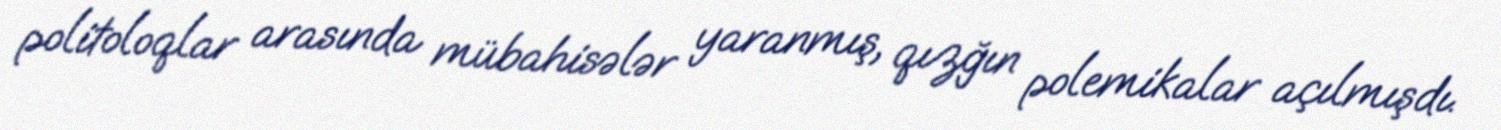
politoloqlar arasında mübahisələr yaranmış, qızğın polemikalar açılmışdı.